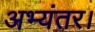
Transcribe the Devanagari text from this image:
अभ्यंतर।